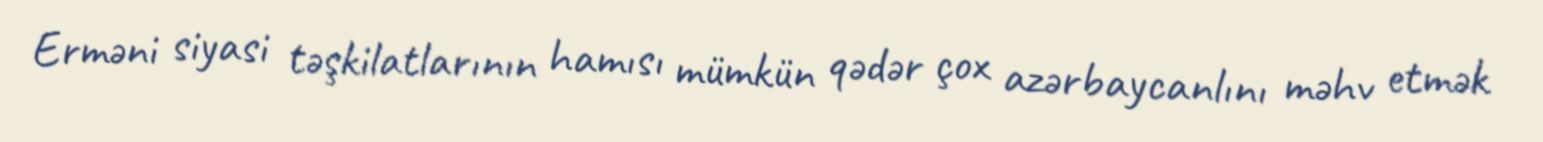
Erməni siyasi təşkilatlarının hamısı mümkün qədər çox azərbaycanlını məhv etmək